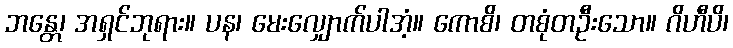
ဘန္တေ၊ အရှင်ဘုရား။ ပန၊ မေးလျှောက်ပါအံ့။ ကောစိ၊ တစုံတဦးသော။ ဂိဟီပိ၊